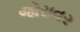
જોરાવર